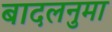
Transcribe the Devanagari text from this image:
बादलनुमा